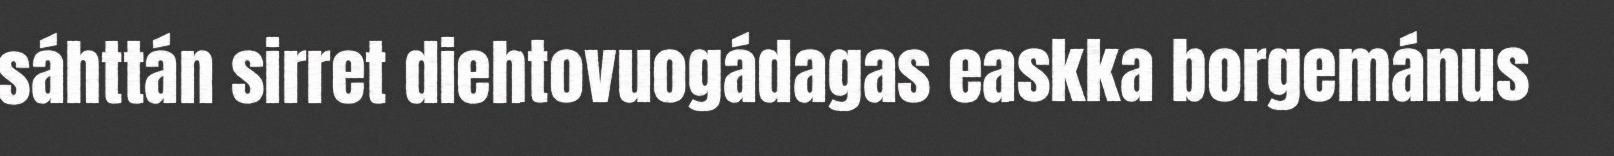
sáhttán sirret diehtovuogádagas easkka borgemánus